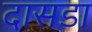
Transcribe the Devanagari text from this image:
दासडा